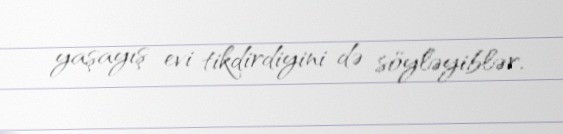
yaşayış evi tikdirdiyini də söyləyiblər.